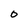
Character: O